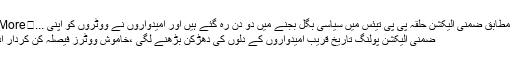
تفصیل کے مطابق ضمنی الیکشن حلقہ پی پی تیئس میں سیاسی بگل بجنے میں دو دن رہ گئے ہیں اور امیدواروں نے ووٹروں کو اپنی ...	Read More »
ضمنی الیکشن پولنگ تاریخ قریب امیدواروں کے دلوں کی دھڑکن بڑھنے لگی ،خاموش ووٹرز فیصلہ کن کردار ادا کرے گا ۔